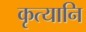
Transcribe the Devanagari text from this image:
कृत्यानि